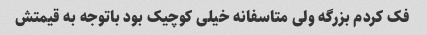
فک کردم بزرگه ولی متاسفانه خیلی کوچیک بود باتوجه به قیمتش